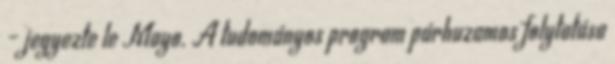
– jegyezte le Mayo. A tudományos program párhuzamos folytatása